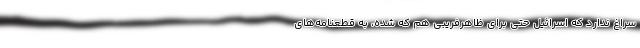
سراغ ندارد که اسرائیل حتی برای ظاهرفریبی هم که شده، به قطعنامه‌های